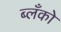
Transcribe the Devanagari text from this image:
ब्लँको